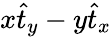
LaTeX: x\hat{t}_{y}-y\hat{t}_{x}